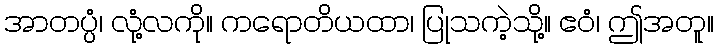
အာတပ္ပံ၊ လုံ့လကို။ ကရောတိယထာ၊ ပြုသကဲ့သို့။ ဧဝံ၊ ဤအတူ။